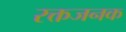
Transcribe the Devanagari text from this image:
रक्तजनक